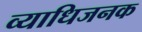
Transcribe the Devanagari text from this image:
व्‍याधिजनक